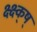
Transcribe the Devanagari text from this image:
क्ष्क्ष्क्ष्